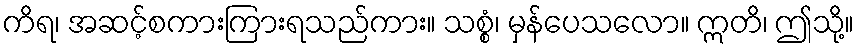
ကိရ၊ အဆင့်စကားကြားရသည်ကား။ သစ္စံ၊ မှန်ပေသလော။ ဣတိ၊ ဤသို့။